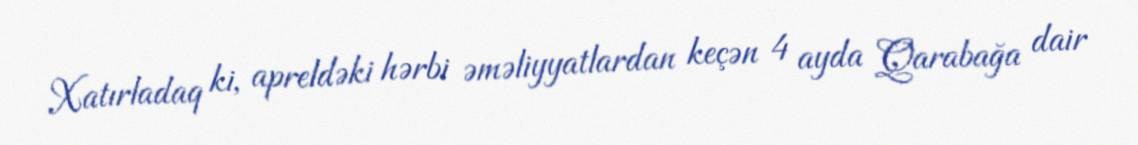
Xatırladaq ki, apreldəki hərbi əməliyyatlardan keçən 4 ayda Qarabağa dair